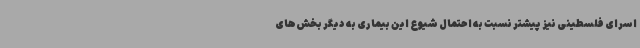
اسرای فلسطینی نیز پیشتر نسبت به احتمال شیوع این بیماری به دیگر بخش‌های